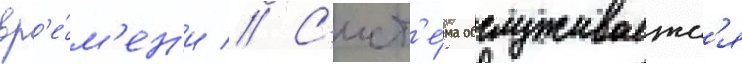
вр'е́м'ен'и // С'ист'е́ма обслуживаетс'я